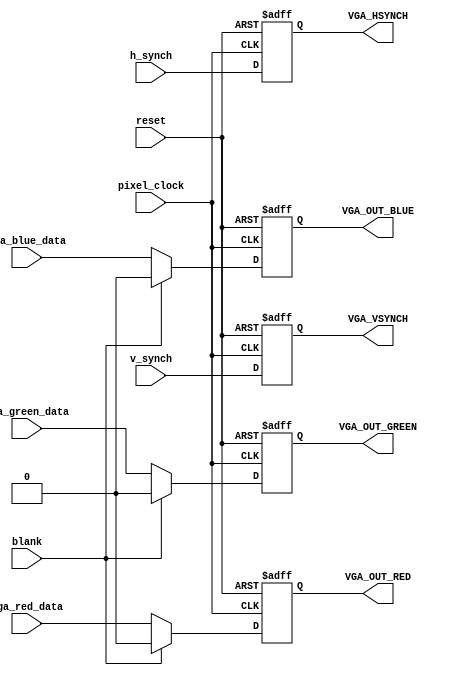
module VIDEO_OUT
(
pixel_clock,
reset,
vga_red_data,
vga_green_data,
vga_blue_data,
h_synch,
v_synch,
blank,
VGA_HSYNCH,
VGA_VSYNCH,
VGA_OUT_RED,
VGA_OUT_GREEN,
VGA_OUT_BLUE
);
input				pixel_clock;
input				reset;
input				vga_red_data;
input				vga_green_data;
input				vga_blue_data;
input				h_synch;
input				v_synch;
input				blank;
output			VGA_HSYNCH;
output			VGA_VSYNCH;
output			VGA_OUT_RED;
output			VGA_OUT_GREEN;
output			VGA_OUT_BLUE;
reg				VGA_HSYNCH;
reg				VGA_VSYNCH;
reg				VGA_OUT_RED;
reg				VGA_OUT_GREEN;
reg				VGA_OUT_BLUE;
always @ (posedge pixel_clock or posedge reset) begin
	if (reset) begin
		VGA_HSYNCH 				<= 1'b1;
		VGA_VSYNCH 				<= 1'b1;
		VGA_OUT_RED				<= 1'b0;
		VGA_OUT_GREEN			<= 1'b0;
		VGA_OUT_BLUE			<= 1'b0;
	end
	else if (blank) begin
		VGA_HSYNCH	 			<= h_synch;
		VGA_VSYNCH 	 			<= v_synch;
		VGA_OUT_RED				<= 1'b0;
		VGA_OUT_GREEN			<= 1'b0;
		VGA_OUT_BLUE			<= 1'b0;
	end
	else begin
		VGA_HSYNCH	 			<= h_synch;
		VGA_VSYNCH 	 			<= v_synch;
		VGA_OUT_RED				<= vga_red_data;
		VGA_OUT_GREEN			<= vga_green_data;
		VGA_OUT_BLUE			<= vga_blue_data;
	end
end
endmodule